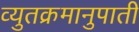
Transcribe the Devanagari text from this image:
व्युतक्रमानुपाती